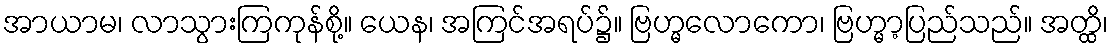
အာယာမ၊ လာသွားကြကုန်စို့။ ယေန၊ အကြင်အရပ်၌။ ဗြဟ္မလောကော၊ ဗြဟ္မာ့ပြည်သည်။ အတ္ထိ၊